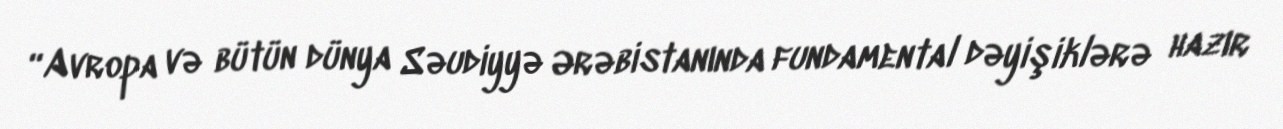
“Avropa və bütün dünya Səudiyyə Ərəbistanında fundamental dəyişiklərə hazır